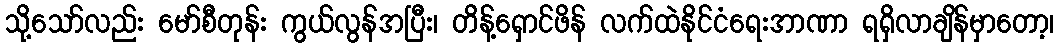
သို့သော်လည်း မော်စီတုန်း ကွယ်လွန်အပြီး၊ တိန့်ရှောင်ဖိန် လက်ထဲနိုင်ငံရေးအာဏာ ရရှိလာချိန်မှာတော့၊